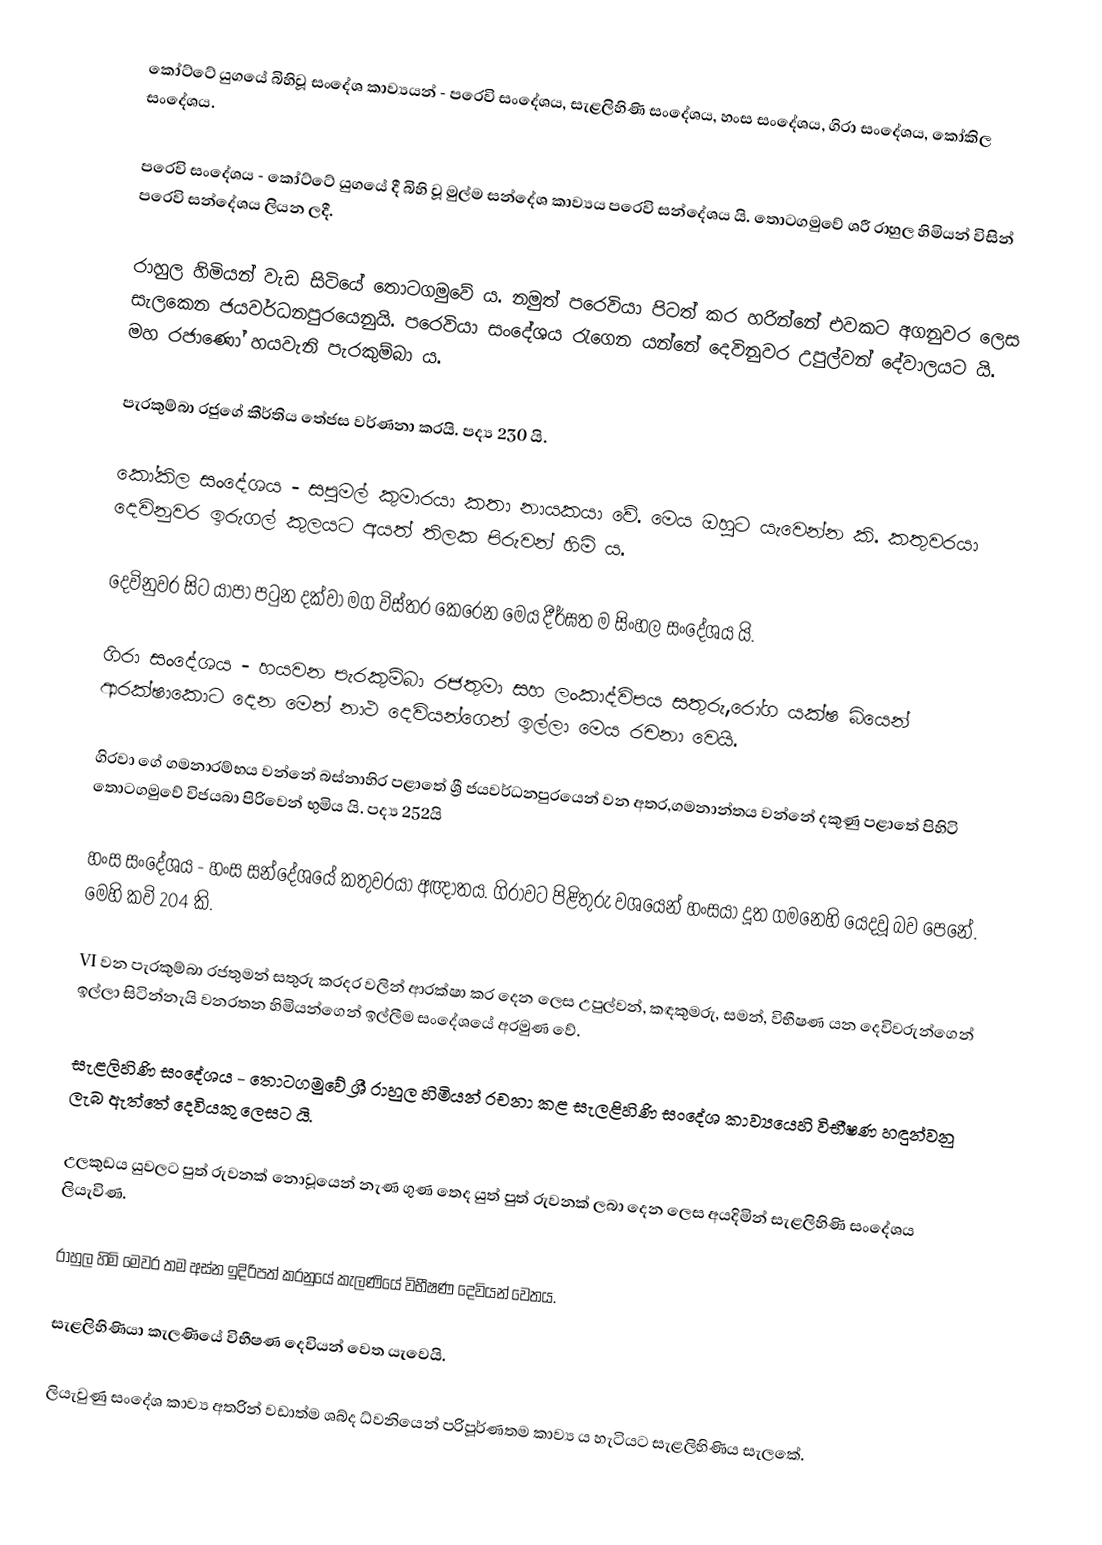
කෝට්ටේ යුගයේ බිහිවූ සංදේශ කාව්‍යයන් - පරෙවි සංදේශය, සැළලිහිණි සංදේශය, හංස සංදේශය, ගිරා සංදේශය, කෝකිල සංදේශය.

පරෙවි සංදේශය - කෝට්ටේ යුගයේ දී බිහි වූ මුල්ම සන්දේශ කාව්‍යය පරෙවි සන්දේශය යි. තොටගමුවේ ශ‍්‍රී රාහුල හිමියන් විසින් පරෙවි සන්දේශය ලියන ලදී.

රාහුල හිමියන් වැඩ සිටියේ තොටගමුවේ ය. නමුත් පරෙවියා පිටත් කර හරින්නේ එවකට අගනුවර ලෙස සැලකෙන ජයවර්ධනපුරයෙනුයි. පරෙවියා සංදේශය රැගෙන යන්නේ දෙවිනුවර උපුල්වන් දේවාලයට යි. මහ රජාණෝ හයවැනි පැරකුම්බා ය.

පැරකුම්බා රජුගේ කීර්තිය තේජස වර්ණනා කරයි. පද්‍ය 230 යි.

කෝකිල සංදේශය - සපුමල් කුමාරයා කතා නායකයා වේ. මෙය ඔහුට යැවෙන්න කි. කතුවරයා දෙවිනුවර ඉරුගල් කුලයට අයත් තිලක පිරුවන් හිමි ය.

දෙවිනුවර සිට යාපා පටුන දක්වා මග විස්තර කෙරෙන මෙය දීර්ඝත ම සිංහල සංදේශය යි.

ගිරා සංදේශය - හයවන පැරකුම්බා රජතුමා සහ ලංකාද්විපය සතුරු,රෝග යක්ෂ බියෙන් ආරක්ෂාකොට දෙන මෙන් නාථ දෙවියන්ගෙන් ඉල්ලා මෙය රචනා වෙයි.

ගිරවා ගේ ගමනාරම්භය වන්නේ බස්නාහිර පළාතේ ශ්‍රී ජයවර්ධනපුරයෙන් වන අතර,ගමනාන්තය වන්නේ දකුණු පළාතේ පිහිටි තොටගමුවේ විජයබා පිරිවෙන් භුමිය යි. පද්‍ය 252යි

හංස සංදේශය - හංස සන්දේශයේ කතුවරයා අඥාතය. ගිරාවට පිළිතුරු වශයෙන් හංසයා දූත ගමනෙහි යෙදවූ බව පෙනේ. මෙහි කවි 204 කි.

VI වන පැරකුම්බා රජතුමන් සතුරු කරදර වලින් ආරක්ෂා කර දෙන ලෙස උපුල්වන්, කඳකුමරු, සමන්, විභීෂණ යන දෙවිවරුන්ගෙන් ඉල්ලා සිටින්නැයි වනරතන හිමියන්ගෙන් ඉල්ලීම සංදේශයේ අරමුණ වේ.

සැළලිහිණි සංදේශය - තොටගමුවේ ශ්‍රී රාහුල හිමියන් රචනා කළ සැලළිහිණි සංදේශ කාව්‍යයෙහි විභීෂණ හඳුන්වනු ලැබ ඇත්තේ දෙවියකු ලෙසට යි.

උලකුඩය යුවලට පුත් රුවනක් නොවූයෙන් නැණ ගුණ තෙද යුත් පුත් රුවනක් ලබා දෙන ලෙස අයදිමින් සැළලිහිණි සංදේශය ලියැවිණ.

රාහුල හිමි මෙවර තම අස්න ඉදිරිපත් කරනුයේ කැලණියේ විභීෂණ දෙවියන් වෙතය.

සැළලිහිණියා කැලණියේ විභීෂණ දෙවියන් වෙත යැවෙයි.

ලියැවුණු සංදේශ කාව්‍ය අතරින් වඩාත්ම ශබ්ද ධ්වනියෙන් පරිපූර්ණතම කාව්‍ය ය හැටියට සැළලිහිණිය සැලකේ.